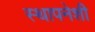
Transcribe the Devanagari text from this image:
स्थापनेशी